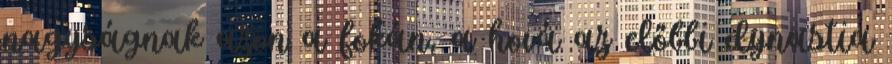
nagyságnak azon a fokán, a hová az előbbi dynastia